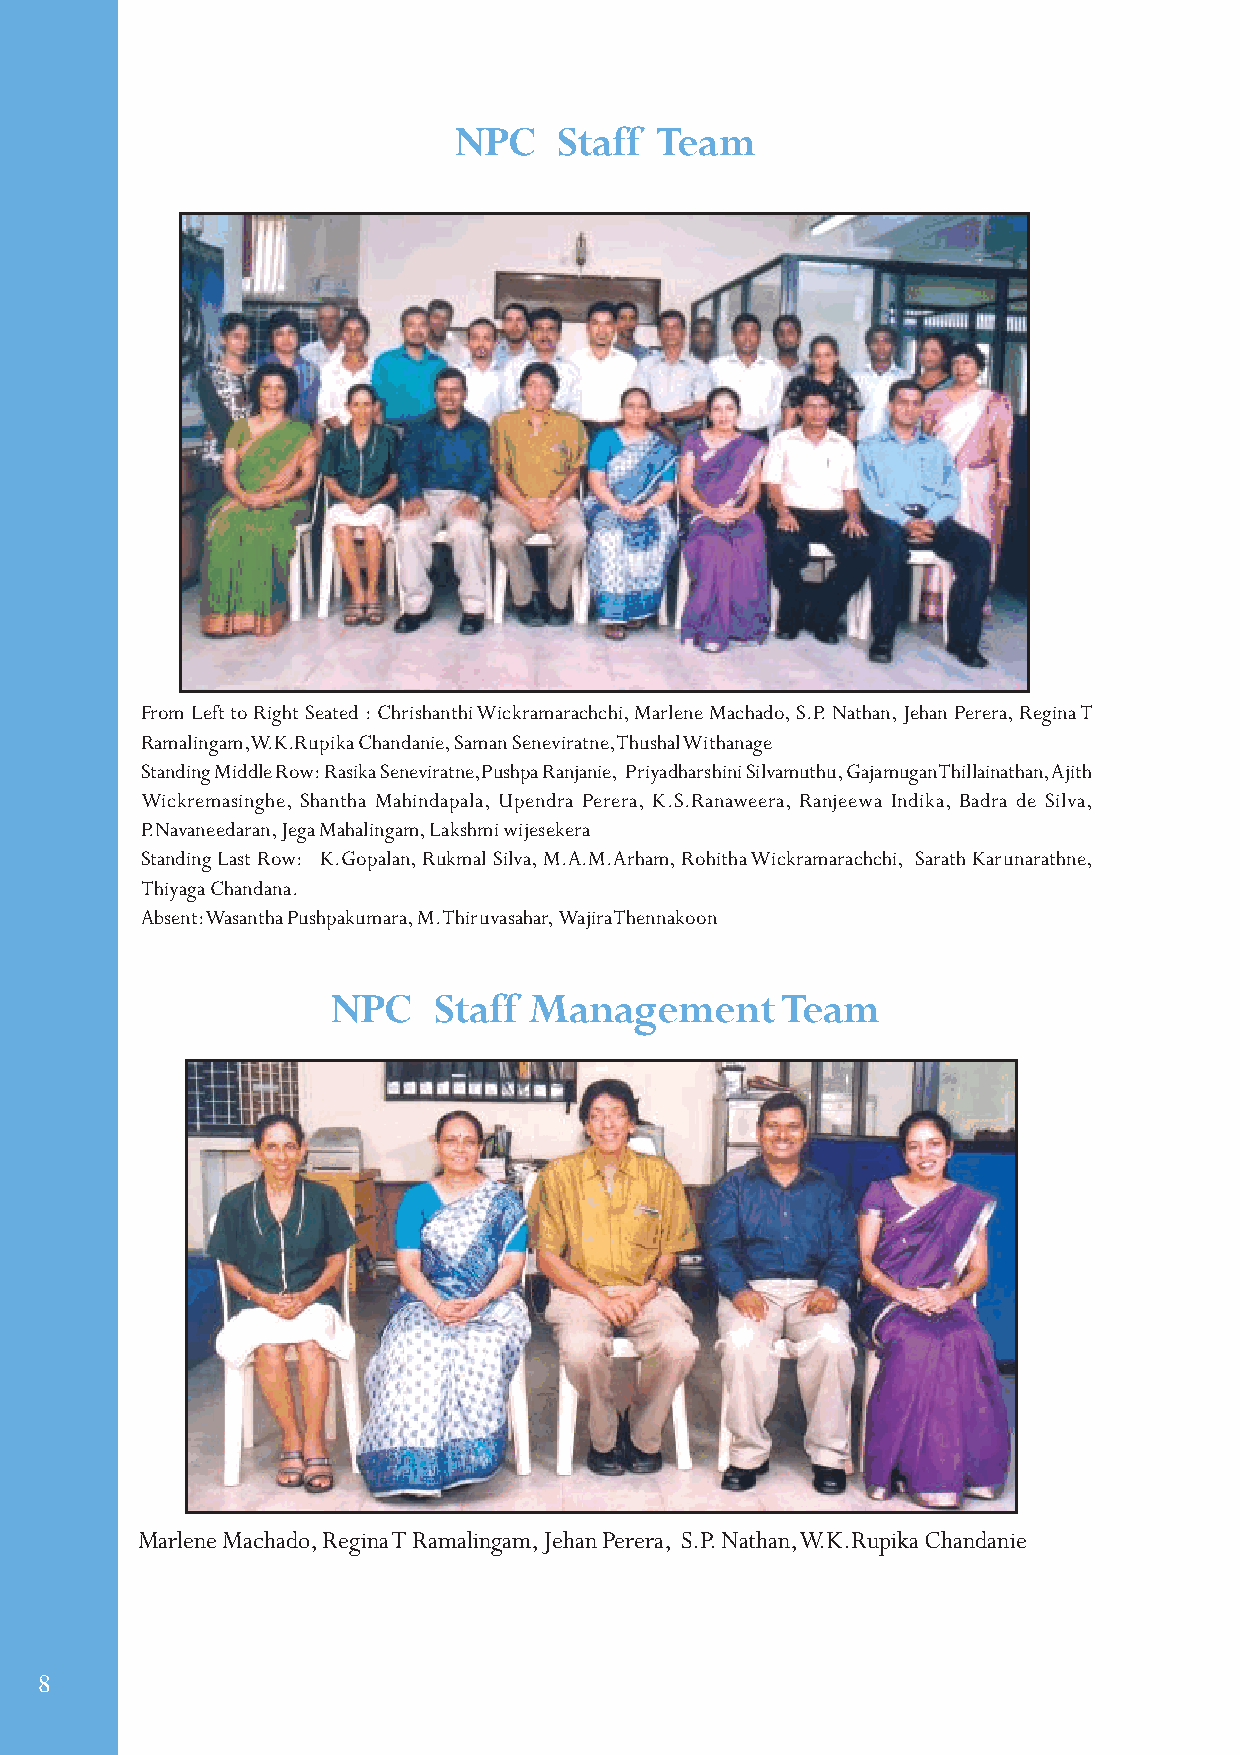
NPC    Staff Team
 From Left to Right Seated : Chrishanthi Wickramarachchi, Marlene Machado, S.P. Nathan, Jehan Perera, Regina T
 Ramalingam, W.K.Rupika Chandanie, Saman Seneviratne, Thushal Withanage
 Standing Middle Row: Rasika Seneviratne,Pushpa Ranjanie, Priyadharshini Silvamuthu, Gajamugan Thillainathan, Ajith
 Wickremasinghe, Shantha Mahindapala, Upendra Perera, K.S.Ranaweera, Ranjeewa Indika, Badra de Silva,
 P.Navaneedaran, Jega Mahalingam, Lakshmi wijesekera
 Standing Last Row: K.Gopalan, Rukmal Silva, M.A.M.Arham, Rohitha Wickramarachchi, Sarath Karunarathne,
 Thiyaga Chandana.
 Absent: Wasantha Pushpakumara, M.Thiruvasahar, Wajira Thennakoon
 NPC    Staff Management       Team
 Marlene Machado, Regina T Ramalingam, Jehan Perera, S.P. Nathan, W.K.Rupika Chandanie
 8